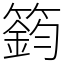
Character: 𥳾